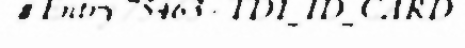
# Entry 75463 - TD1_ID_CARD